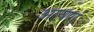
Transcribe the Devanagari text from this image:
आयाएं